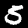
Digit: 5